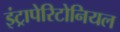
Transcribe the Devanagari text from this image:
इंट्रापेरिटोनियल